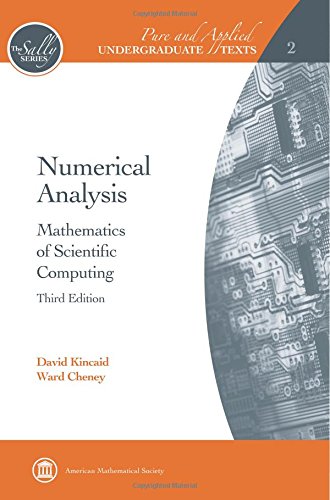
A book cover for Numerical Analysis: Mathematics of Scientific Computing (The Sally Series; Pure and Applied Undergraduate Texts, Vol. 2); David Kincaid; Science & Math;